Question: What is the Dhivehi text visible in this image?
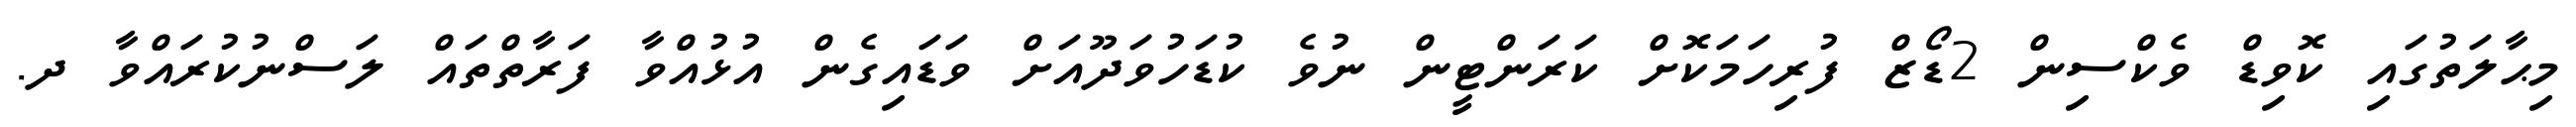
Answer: މިޙާލަތުގައި ކޮވިޑް ވެކްސިން 2ޑޯޒް ފުރިހަމަކޮށް ކަރަންޓީން ނުވެ ކުޑަހުވަދޫއަށް ވަޑައިގެން އުޅުއްވާ ފަރާތްތައް ލަސްނުކުރައްވާ ދ.